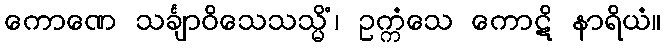
ကောဏေ သင်္ချာဝိသေသသ္မိံ၊ ဥက္ကံသေ ကောဋိ နာရိယံ။